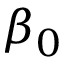
\beta _ { 0 }